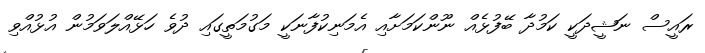
ރައީސް ނަޝީދަކީ ކަމުދާ ބޭފުޅެއް ނޫންކަމަށާއި އެމަނިކުފާނަކީ މަގުމަތީގައި ދުވެ ހަޅޭއްލަވަމުން އުޅުއްވި